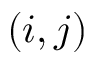
( i , j )